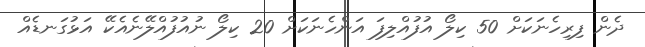
ދެން ފިރިހެނަކަށް 50 ކިލޯ އުފުއްލިފަ އަންހެނަކަށް 20 ކިލޯ ނުއުފުއްލޭނެއެކޭ އަޅުގަނޑެއް